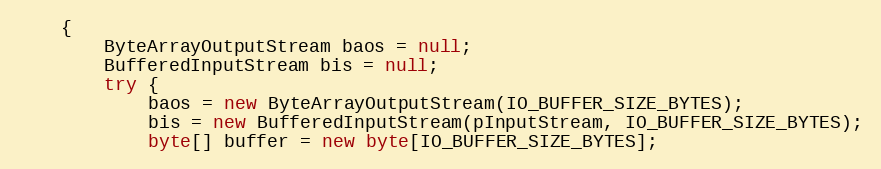
Language: Java
    {
        ByteArrayOutputStream baos = null;
        BufferedInputStream bis = null;
        try {
            baos = new ByteArrayOutputStream(IO_BUFFER_SIZE_BYTES);
            bis = new BufferedInputStream(pInputStream, IO_BUFFER_SIZE_BYTES);
            byte[] buffer = new byte[IO_BUFFER_SIZE_BYTES];